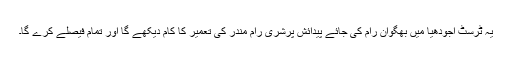
یہ ٹرسٹ اجودھیا میں بھگوان رام کی جائے پیدائش پرشری رام مندر کی تعمیر کا کام دیکھے گا اور تمام فیصلے کرے گا۔